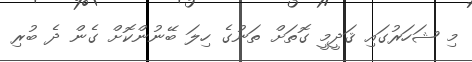
މި ޝަހަރުގައި ޤަދީމީ ގޮތަށް ތަނުގެ ހިލަ ބޭނުންކޮށް ގެން ދެ ބުރި